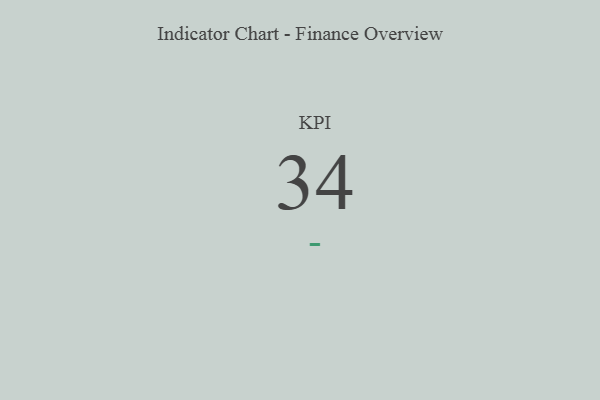
{"axis": {"x": "KPI", "y": "Value"}, "legend": [""], "data": [{"x": "KPI", "y": 34, "type": ""}]}